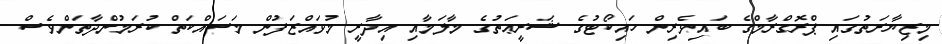
މިޒިޔާރަތުގައި ޕްރޮގްރާމްގެ ބައިވެރިން ހައިކޯޓުގެ ޝަރީޢަތުގެ މާލަމާއި އިދާރީ މުވައްޒަފުން މަސައްކަތް ކުރަމުންދާތަންވެސް